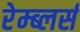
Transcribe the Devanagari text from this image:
रेम्ब्लर्स